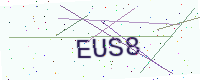
Text: EUS8